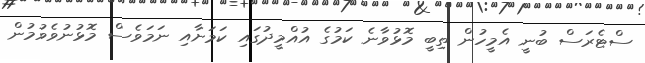
ސްޓެރަސް ބުނީ އެމީހުން ތިބީ މޮޅުވާނެ ކަމުގެ އުއްމީދުގައި ކަމަށާއި ނަމަވެސް މޮޅުނުވެވުމުން